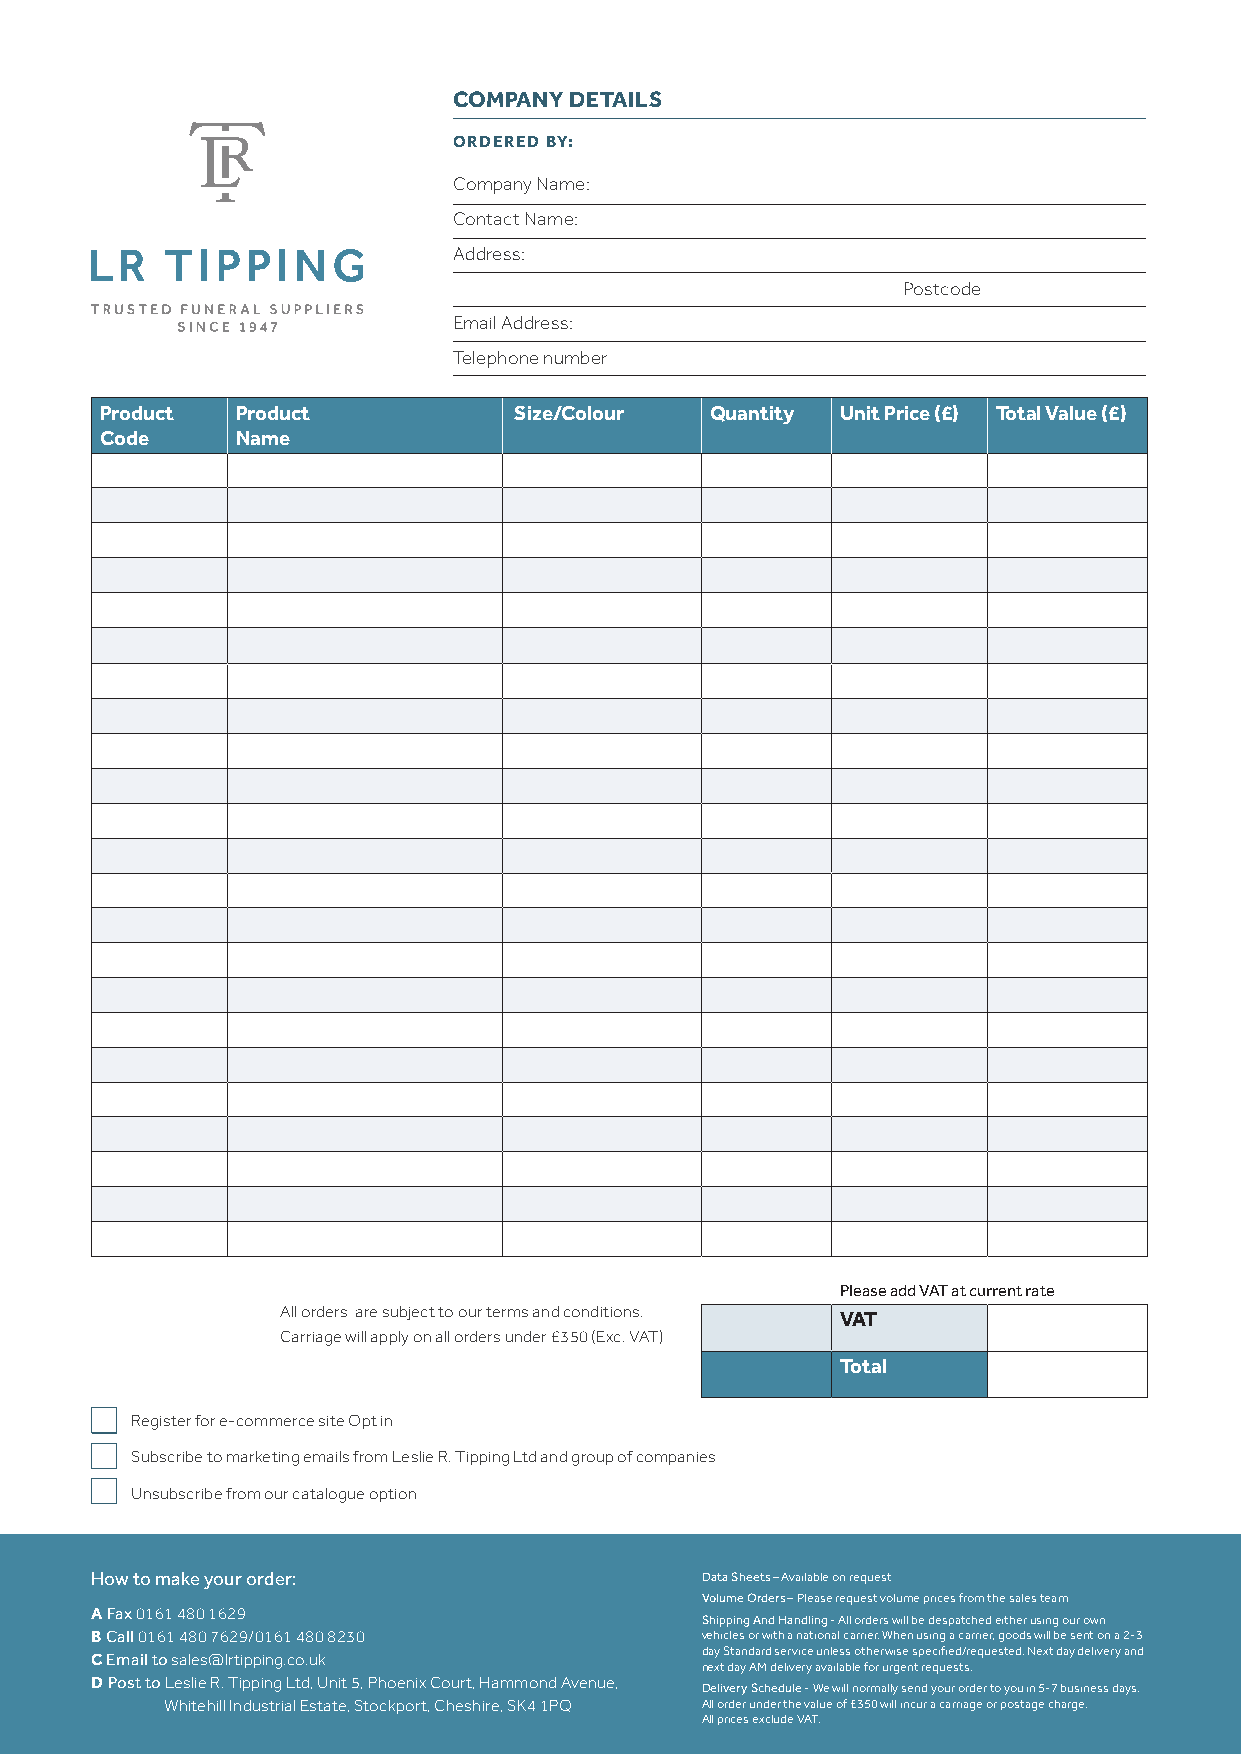
COMPANY DETAILS
 ORDERED BY:
 Company Name:
 Contact Name:
 Address:
 Postcode
 Email Address:
 Telephone number
 Product  Product           Size/Colour  Quantity Unit Price (£) Total Value (£)
 Code     Name
 Please add VAT at current rate
 All orders are subject to our terms and conditions. VAT
 Carriage will apply on all orders under £350 (Exc. VAT)
 Total
 Register for e-commerce site Opt in
 Subscribe to marketing emails from Leslie R. Tipping Ltd and group of companies
 Unsubscribe from our catalogue option
 How to make your order:                 Data Sheets – Available on request
 Volume Orders – Please request volume prices from the sales team
 A
 Fax 0161 480 1629                      Shipping And Handling - All orders will be despatched either using our own
 B Call 0161 480 7629/0161 480 8230      vehicles or with a national carrier. When using a carrier, goods will be sent on a 2-3
 C                                       day Standard service unless otherwise specified/requested. Next day delivery and
 Email to sales@lrtipping.co.uk
 next day AM delivery available for urgent requests.
 D
 Post to Leslie R. Tipping Ltd, Unit 5, Phoenix Court, Hammond Avenue, Delivery Schedule - We will normally send your order to you in 5-7 business days.
 Whitehill Industrial Estate, Stockport, Cheshire, SK4 1PQ All order under the value of £350 will incur a carriage or postage charge.
 All prices exclude VAT.